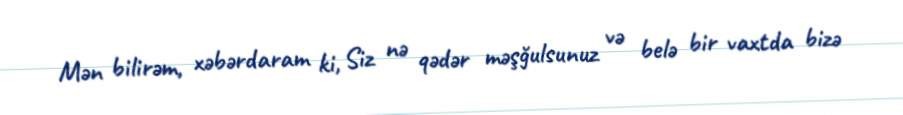
Mən bilirəm, xəbərdaram ki, Siz nə qədər məşğulsunuz və belə bir vaxtda bizə